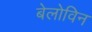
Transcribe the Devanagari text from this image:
बेलोविन